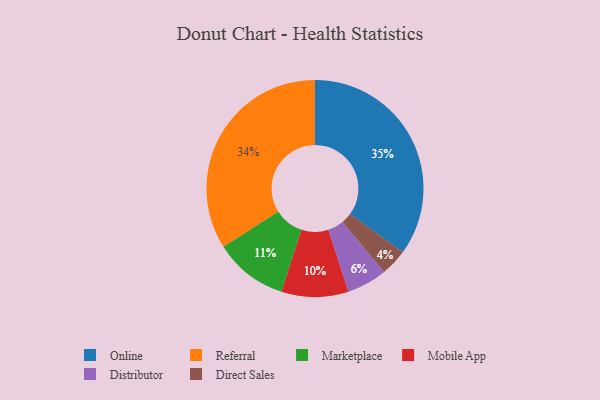
{"axis": {"x": "Category", "y": "Percentage"}, "legend": ["Direct Sales", "Distributor", "Marketplace", "Mobile App", "Online", "Referral"], "data": [{"x": "Referral", "y": 34, "type": "Referral"}, {"x": "Marketplace", "y": 11, "type": "Marketplace"}, {"x": "Direct Sales", "y": 4, "type": "Direct Sales"}, {"x": "Mobile App", "y": 10, "type": "Mobile App"}, {"x": "Distributor", "y": 6, "type": "Distributor"}, {"x": "Online", "y": 35, "type": "Online"}]}